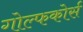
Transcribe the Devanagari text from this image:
गोल्फकोर्स